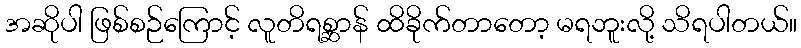
အဆိုပါ ဖြစ်စဉ်ကြောင့် လူတိရစ္ဆာန် ထိခိုက်တာတော့ မရဘူးလို့ သိရပါတယ်။